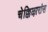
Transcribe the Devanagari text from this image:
चेक्किऴारांस